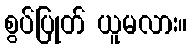
စွပ်ပြုတ် ယူမလား။